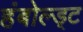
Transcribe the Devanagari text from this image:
हंबोल्ड्ट